Report on enteric fever
Disease focus: Fever
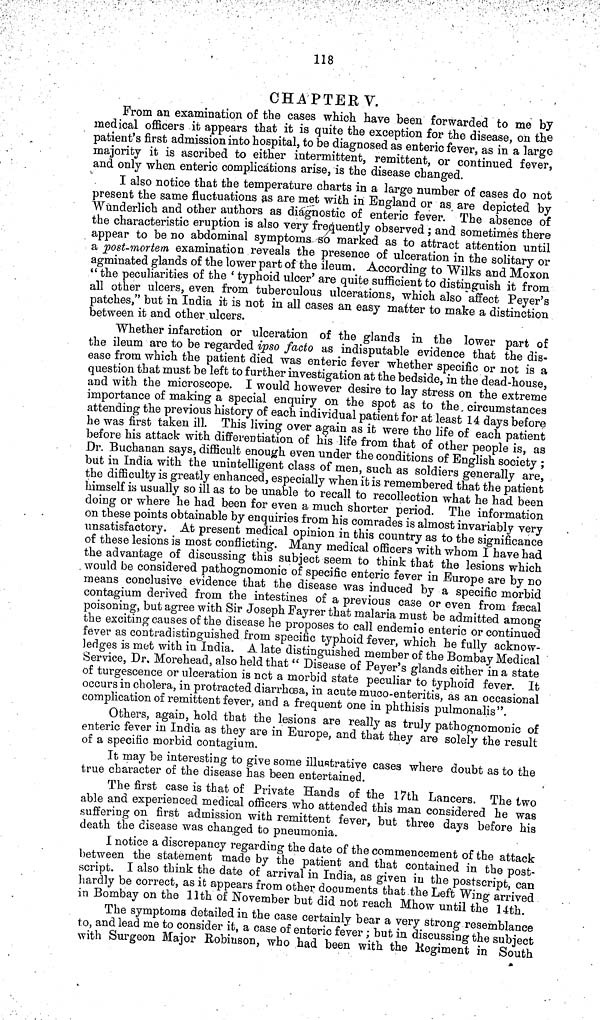
118
CHAPTER V.
From an examination of the cases which have been forwarded to me by
medical officers it appears that it is quite the exception for the disease, on the
patient's first admission into hospital, to be diagnosed as enteric fever, as in a large
majority it is ascribed to either intermittent, remittent, or continued fever,
and only when enteric complications arise, is the disease changed.
I also notice that the temperature charts in a large number of cases do not
present the same fluctuations as are met with in England or as are depicted by
Wunderlich and other authors as diagnostic of enteric fever. The absence of
the characteristic eruption is also very frequently observed; and sometimes there
appear to be no abdominal symptoms so marked as to attract attention until
a post mortem examination reveals the presence of ulceration in the solitary or
agminated glands of the lower part of the ileum. According to Wilks and Moxon
"the peculiarities of the 'typhoid ulcer' are quite sufficient to distinguish it from
all other ulcers, even from tuberculous ulcerations, which also affect Peyer's
patches," but in India it is not in all cases an easy matter to make a distinction
between it and other ulcers.
Whether infarction or ulceration of the glands in the lower part of
the ileum are to be regarded ipso facto as indisputable evidence that the dis-
ease from which the patient died was enteric fever whether specific or not is a
question that must be left to further investigation at the bedside, in the dead house,
and with the microscope. I would however desire to lay stress on the extreme
importance of making a special enquiry on the spot as to the circumstances
attending the previous history of each individual patient for at least 14 days before
he was first taken ill. This living over again as it were the life of each patient
before his attack with differentiation of his life from that of other people is, as
Dr. Buchanan says, difficult enough even under the conditions of English society ;
but in India with the unintelligent class of men, such as soldiers generally are,
the difficulty is greatly enhanced, especially when it is remembered that the patient
himself is usually so ill as to be unable to recall to recollection what he had been
doing or where he had been for even a much shorter period. The information
on these points obtainable by enquiries from his comrades is almost invariably very
unsatisfactory. At present medical opinion in this country as to the significance
of these lesions is most conflicting. Many medical officers with whom I have had
the advantage of discussing this subject seem to think that the lesions which
would be considered pathognomonic of specific enteric fever in Europe are by no
means conclusive evidence that the disease was induced by a specific morbid
contagium derived from the intestines of a previous case or even from fæcal
poisoning, but agree with Sir Joseph Fayrer that malaria must be admitted among
the exciting causes of the disease he proposes to call endemic enteric or continued
fever as contradistinguished from specific typhoid fever, which he fully acknow-
ledges is met with in India. A late distinguished member of the Bombay Medical
Service, Dr. Morehead, also held that "Disease of Peyer's glands either in a state
of turgescence or ulceration is net a morbid state peculiar to typhoid fever. It
occurs in cholera, in protracted diarrhœa, in acute muco enteritis, as an occasional
complication of remittent fever, and a frequent one in phthisis pulmonalis".
Others, again, hold that the lesions are really as truly pathognomonic of
enteric fever in India as they are in Europe, and that they are solely the result
of a specific morbid contagium.
It may be interesting to give some illustrative cases where doubt as to the
true character of the disease has been entertained.
The first case is that of Private Hands of the 17th Lancers. The two
able and experienced medical officers who attended this man considered he was
suffering on first admission with remittent fever, but three days before his
death the disease was changed to pneumonia.
I notice a discrepancy regarding the date of the commencement of the attack
between the statement made by the patient and that contained in the post-
script. I also think the date of arrival in India, as given in the postscript, can
hardly be correct, as it appears from other documents that the Left Wing arrived
in Bombay on the 11th of November but did not reach Mhow until the 14th.
The symptoms detailed in the case certainly bear a very strong resemblance
to, and lead me to consider it, a case of enteric fever; but in discussing the subject
with Surgeon Major Robinson, who had been with the Regiment in South